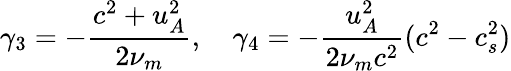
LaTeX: \gamma_{3}=-\frac{c^{2}+u_{A}^{2}}{2\nu_{m}},\quad\gamma_{4}=-\frac{u_{A}^{2}}{2\nu_{m}c^{2}}(c^{2}-c_{s}^{2})